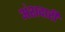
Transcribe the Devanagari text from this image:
अंशदारी